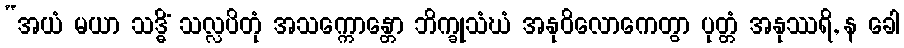
“အယံ မယာ သဒ္ဓိံ သလ္လပိတုံ အသက္ကောန္တော ဘိက္ခုသံဃံ အနုဝိလောကေတွာ ပုတ္တံ အနုဿရိ, န ခေါ